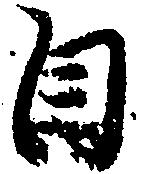
自